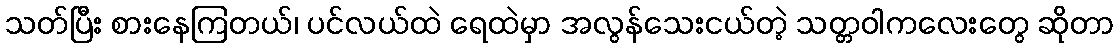
သတ်ပြီး စားနေကြတယ်၊ ပင်လယ်ထဲ ရေထဲမှာ အလွန်သေးငယ်တဲ့ သတ္တဝါကလေးတွေ ဆိုတာ